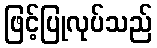
ဖြင့်ပြုလုပ်သည်